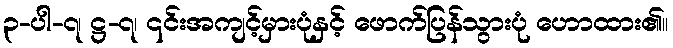
၃-ပါ-၇၊ ဋ္ဌ-၇၊ ၎င်းအကျင့်မှားပုံနှင့် ဖောက်ပြန်သွားပုံ ဟောထား၏။